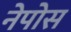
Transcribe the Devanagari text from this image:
नेपोस